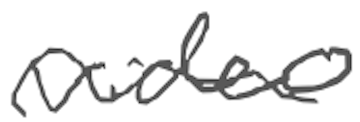
Text: video
Cross-out: wave
Writing tool: digital_gray